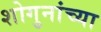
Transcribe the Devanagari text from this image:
शोगुनांच्या